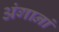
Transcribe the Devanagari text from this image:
अंगानां